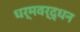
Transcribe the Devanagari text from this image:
धर्मवर्द्धन